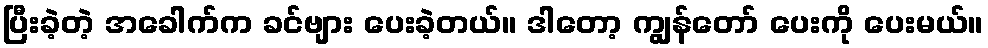
ပြီးခဲ့တဲ့ အခေါက်က ခင်ဗျား ပေးခဲ့တယ်။ ဒါတော့ ကျွန်တော် ပေးကို ပေးမယ်။